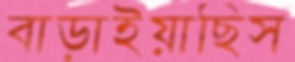
বাড়াইয়াছিস